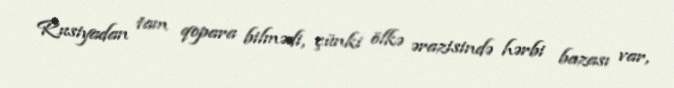
Rusiyadan tam qopara bilmədi, çünki ölkə ərazisində hərbi bazası var,